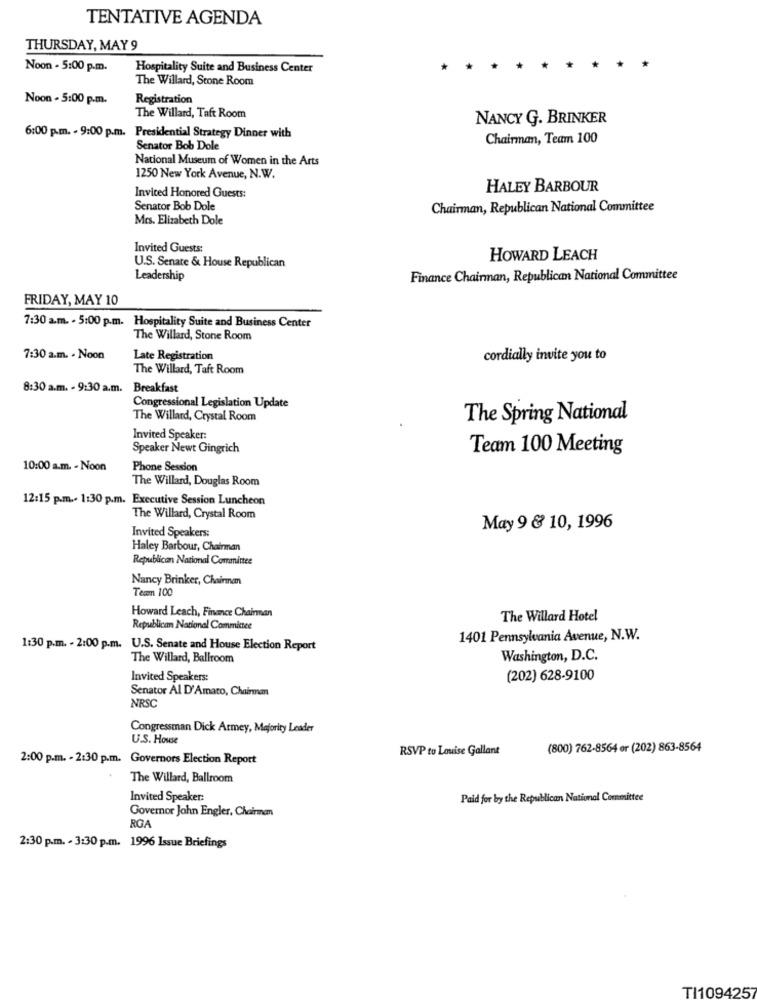
TENTATIVE AGENDA
THURSDAY, MAY 9
Noon - 5:00 p.m.
Hospitality Suite and Business Center
The Willard, Stone Room
Noon - 5:00 p.m.
Registration
The Willard, Taft Room
NANCY G. BRINKER
6:00 p.m. - 9:00 p.m. Presidential Strategy Dinner with
Chairman, Team 100
Senator Bob Dole
National Museum of Women in the Arts
1250 New York Avenue, N.W.
HALEY BARBOUR
Invited Honored Guests:
Senator Bob Dole
Chairman, Republican National Committee
Mes. Elizabeth Dole
Invited Guests:
HOWARD LEACH
U.S. Senate & House Republican
Leadership
Finance Chairman, Republican National Committee
FRIDAY, MAY 10
7:30 a.m. - 5:00 p.m. Hospitality Suite and Business Center
The Willard, Stone Room
7:30 a.m. - Noon
Late Registration
cordially invite you to
The Willard, Taft Room
8:30 a.m. - 9:30 a.m. Breakfast
Congressional Legislation Update
The Willard, Crystal Room
The Spring National
Invited Speaker:
Speaker Newt Gingrich
Team 100 Meeting
10:00 a.m. - Noon
Phone Session
The Willard, Douglas Room
12:15 p.m .- 1:30 p.m. Executive Session Luncheon
The Willard, Crystal Room
Invited Speakers:
May 9 & 10, 1996
Haley Barbour, Chairman
Republican National Committee
Nancy Brinker, Chairman
Tecn 100
Howard Leach, Finance Chairman
The Willard Hotel
Republican National Committee
1401 Pennsylvania Avenue, N.W.
1:30 p.m. - 2:00 p.m. U.S. Senate and House Election Report
The Willard, Ballroom
Washington, D.C.
Invited Speakers:
(202) 628-9100
Senator Al D'Amato, Chairman
NRSC
Congressman Dick Armey, Majority Leader
U.S. House
RSVP to Louise Gallant
(800) 762-8564 or (202) 863-8564
2:00 p.m. - 2:30 p.m. Governors Election Report
The Willard, Ballroom
Invited Speaker:
Paid for by the Republican National Committee
Governor Jahn Engler, Chairman
RGA
2:30 p.m. - 3:30 p.m. 1996 Issue Briefings
TI1094257